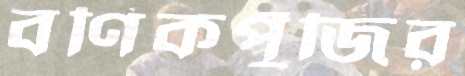
বণিকপুঁজির